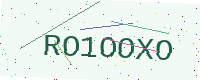
Text: RO1OOXO